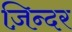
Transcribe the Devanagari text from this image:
ज़िन्दर